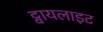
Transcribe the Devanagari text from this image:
ट्वायलाइट